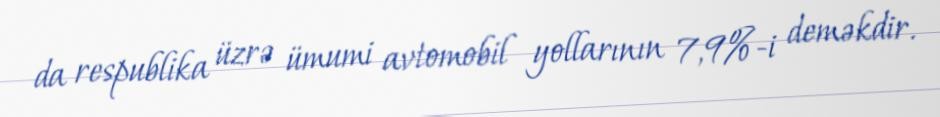
da respublika üzrə ümumi avtomobil yollarının 7,9%-i deməkdir.